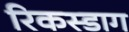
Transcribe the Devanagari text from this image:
रिकस्डाग